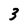
Character: 3